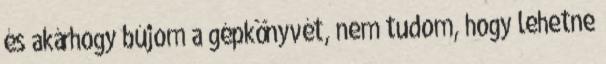
és akárhogy bújom a gépkönyvét, nem tudom, hogy lehetne